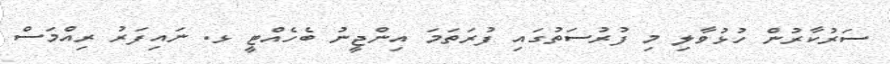
ސަރުކާރުން ހުޅުވާލި މި ފުރުސަތުގައި ފުރަތަމަ އިންޖީނު ބެހެއްޓީ ޅ. ނައިފަރު ރިއްމަސް